Civil Veterinary Dept. Bombay admin report 1923-31 - 1923-1931
Year: 1923
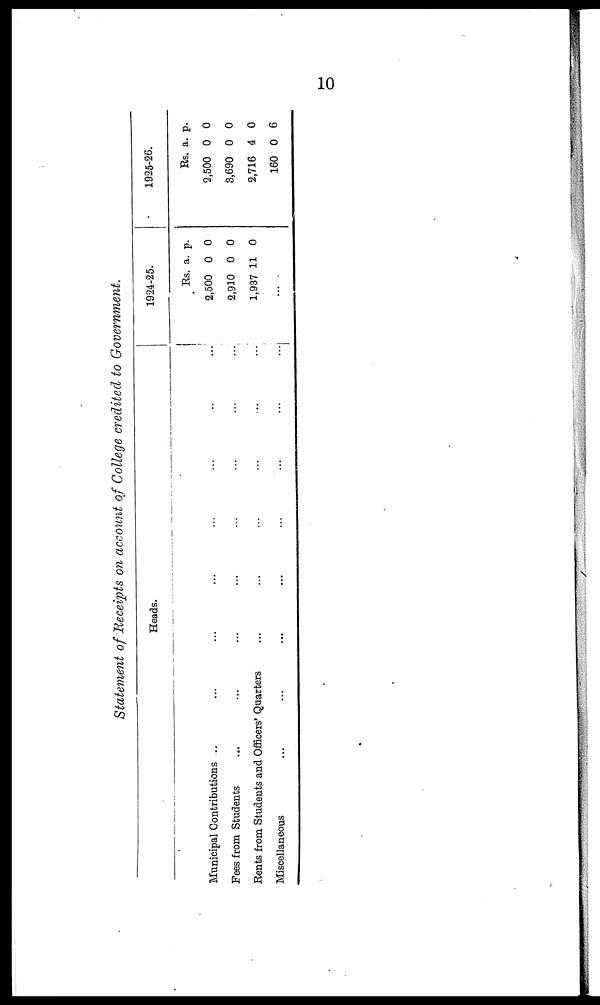
10
Statement of Receipts on account of College credited to Government.
Heads.
Municipal Contributions ... ... ... ... ... ... ... ...
Fees from Students ... ... ... ... ... ... ... ...
Rents from Students and Officers' Quarters ... ... ... ... ... ...
Miscellaneous
...
...
...
...
...
...
...
...
1924-25.
Rs.
2,500
2,910
1,937
..
a.
0
0
11
..
p.
0
0
0
..
1925-26.
Rs.
2,500
3,690
2,716
160
a.
0
0
4
0
p.
0
0
0
6